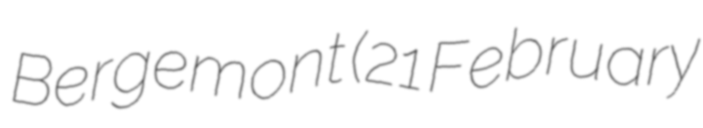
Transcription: Bergemont (21 February